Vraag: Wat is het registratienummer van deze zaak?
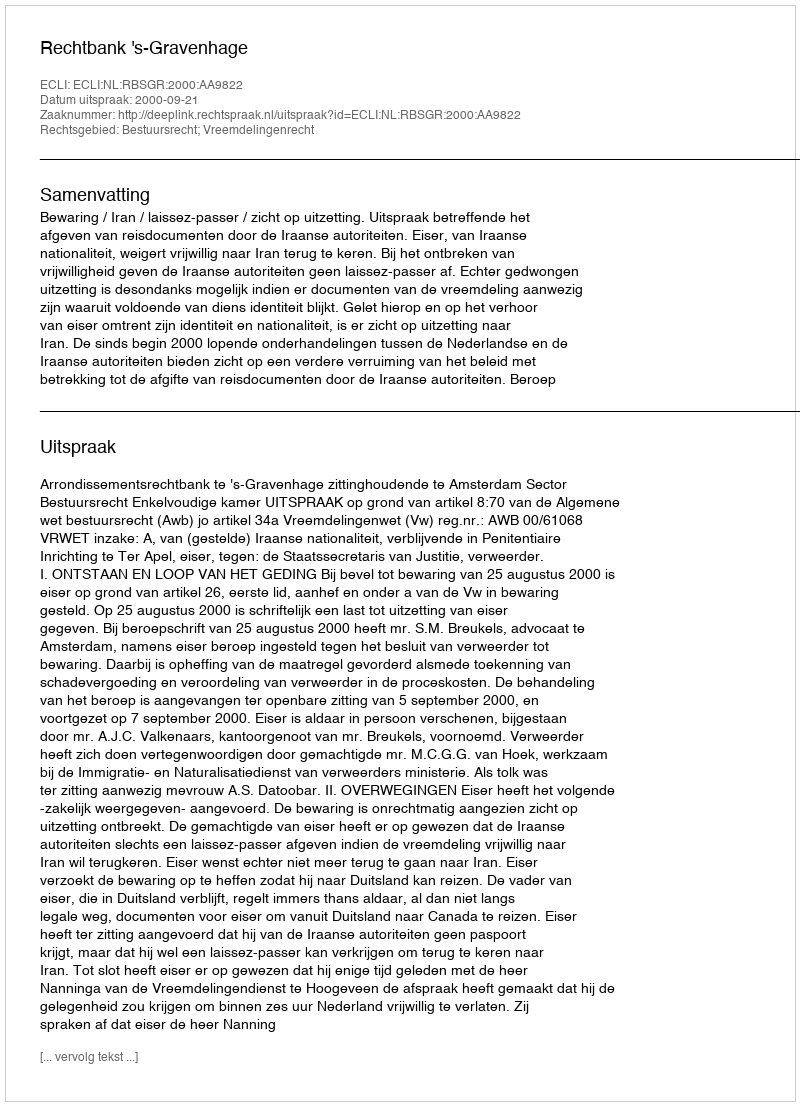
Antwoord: http://deeplink.rechtspraak.nl/uitspraak?id=ECLI:NL:RBSGR:2000:AA9822